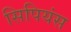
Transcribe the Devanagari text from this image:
सिपियंस